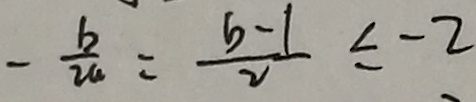
- \frac { b } { 2 a } = \frac { b - 1 } { 2 } \leq - 2